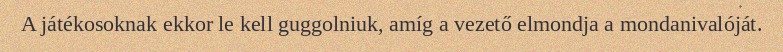
A játékosoknak ekkor le kell guggolniuk, amíg a vezető elmondja a mondanivalóját.